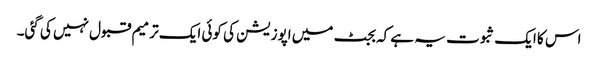
اس کا ایک ثبوت یہ ہے کہ بجٹ میں اپوزیشن کی کوئی ایک ترمیم قبول نہیں کی گئی۔